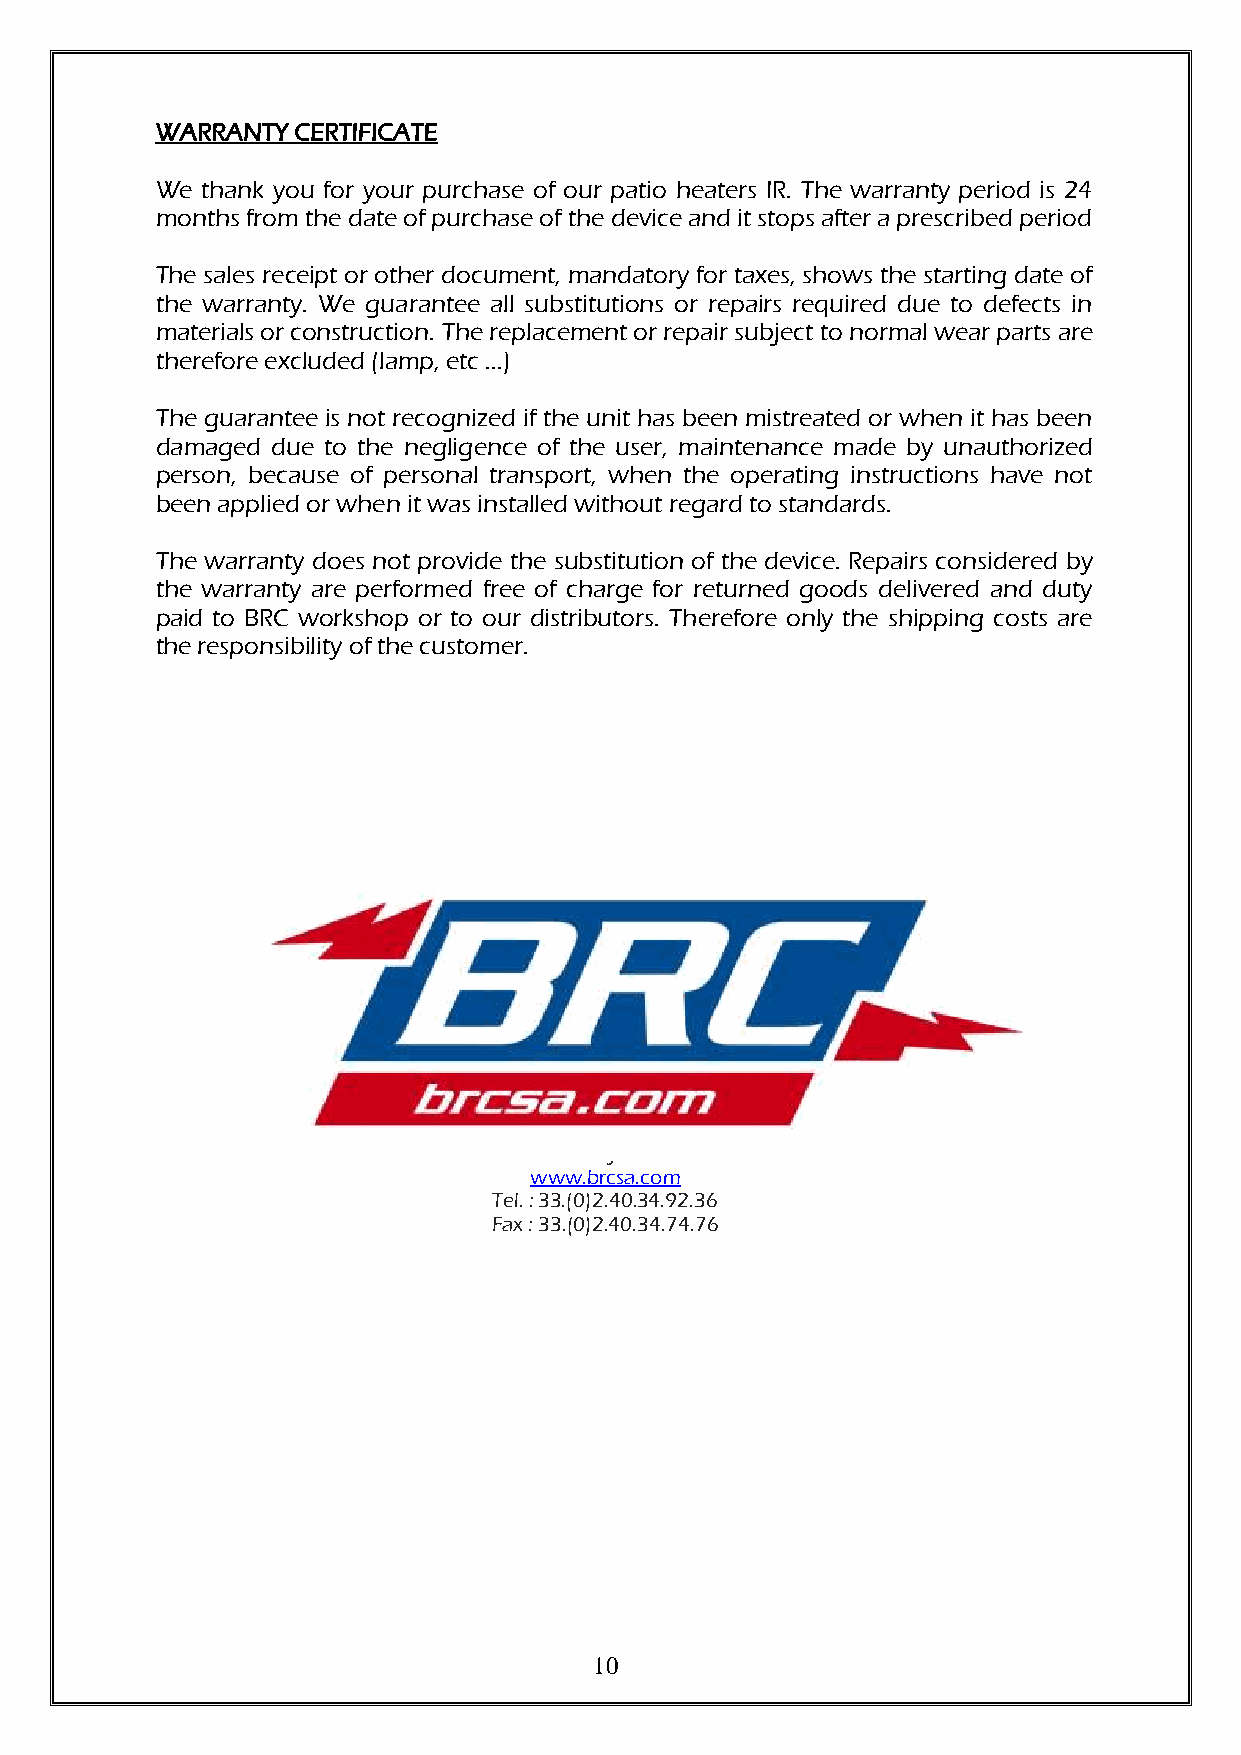
WARRANTY CERTIFICATE
 We thank you for your purchase of our patio heaters IR. The warranty period is 24
 months from the date of purchase of the device and it stops after a prescribed period
 The sales receipt or other document, mandatory for taxes, shows the starting date of
 the warranty. We guarantee all substitutions or repairs required due to defects in
 materials or construction. The replacement or repair subject to normal wear parts are
 therefore excluded (lamp, etc ...)
 The guarantee is not recognized if the unit has been mistreated or when it has been
 damaged due to the negligence of the user, maintenance made by unauthorized
 person, because of personal transport, when the operating instructions have not
 been applied or when it was installed without regard to standards.
 The warranty does not provide the substitution of the device. Repairs considered by
 the warranty are performed free of charge for returned goods delivered and duty
 paid to BRC workshop or to our distributors. Therefore only the shipping costs are
 the responsibility of the customer.
 21, rue des Coteaux de Grand Lieu
 44830 Bouaye – France
 www.brcsa.com
 Tel. : 33.(0)2.40.34.92.36
 Fax : 33.(0)2.40.34.74.76
 10